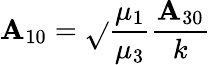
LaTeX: \mathbf{A}_{10}=\sqrt{}{{\frac{{\mu_{1}}}{{\mu_{3}}}}}\frac{{\mathbf{A}_{30}}}{{k}}